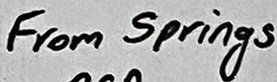
Text: From Springs